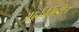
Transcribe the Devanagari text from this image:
आर्कमिडीज़